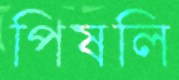
পিষলি